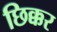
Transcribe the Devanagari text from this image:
छिक्कर